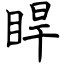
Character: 睅